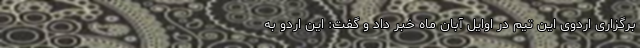
برگزاری اردوی این تیم در اوایل آبان ماه خبر داد و گفت: این اردو به